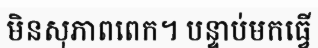
មិនសុភាពពេក។ បន្ទាប់មកធ្វើ